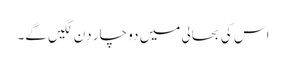
اس کی بحالی میں دو چار دِن لگیں گے۔